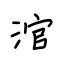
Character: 涫